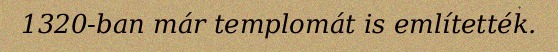
1320-ban már templomát is említették.